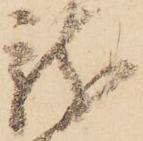
龍